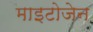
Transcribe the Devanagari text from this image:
माइटोजेन